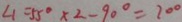
\angle 1 = 5 5 ^ { \circ } \times 2 - 9 0 ^ { \circ } = 2 0 ^ { \circ }